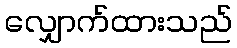
လျှောက်ထားသည်